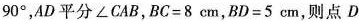
90^{\circ} ，AD平分\angle CAB，$$BC=8cm$$，$$BD=5cm$$，则点D